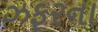
ઝફરના